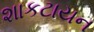
શાકટાયન